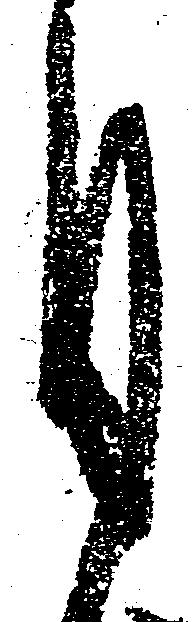
月